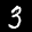
Label: 3